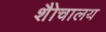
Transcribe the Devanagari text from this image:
शैोचालय